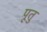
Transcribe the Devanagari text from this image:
पूतु